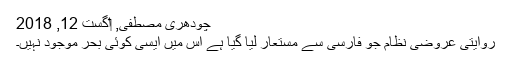
چودھری مصطفی, ‏اگست 12, 2018
روایتی عروضی نظام جو فارسی سے مستعار لیا گیا ہے اس میں ایسی کوئی بحر موجود نہیں۔